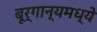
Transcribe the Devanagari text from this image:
बूर्गान्यमध्ये